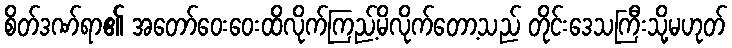
စိတ်ဒဏ်ရာ၏ အတော်ဝေးဝေးထိလိုက်ကြည့်မိလိုက်တော့သည် တိုင်းဒေသကြီးသို့မဟုတ်